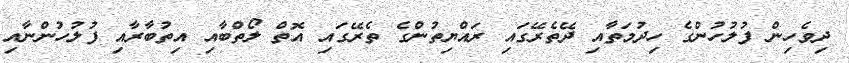
ދިވެހިން ފުލުހުންގެ ހިދުމަތާއި ދޭތެރޭގައި ރައްޔިތުންގެ ތެރޭގައި އޮތް ލޯތްބާއި އިތުބާރާއި ފުލުހުންނާއި